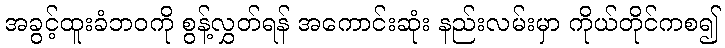
အခွင့်ထူးခံဘဝကို စွန့်လွှတ်ရန် အကောင်းဆုံး နည်းလမ်းမှာ ကိုယ်တိုင်ကစ၍